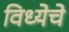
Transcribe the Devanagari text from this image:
विध्येचे